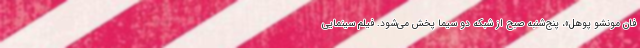
فان مونشو پوهل»، پنج‌شنبه صبح از شبکه دو سیما پخش می‌شود. فیلم سینمایی